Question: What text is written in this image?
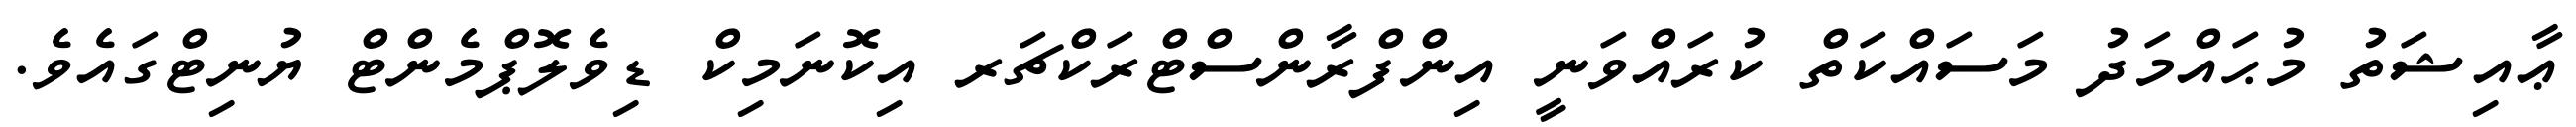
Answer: ޢާއިޝަތު މުޙައްމަދު މަސައްކަތް ކުރައްވަނީ އިންފްރާންސްޓްރަކްޗަރ އިކޮނަމިކް ޑިވެލޮޕްމެންޓް ޔުނިޓްގައެވެ.